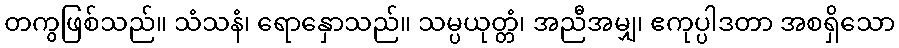
တကွဖြစ်သည်။ သံသနံ၊ ရောနှောသည်။ သမ္ပယုတ္တံ၊ အညီအမျှ၊ ဧကုပ္ပါဒတာ အစရှိသော